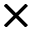
\times